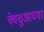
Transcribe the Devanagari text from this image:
क्वेचुआच्या